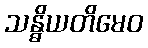
သန္ဓိယတိမေဝ